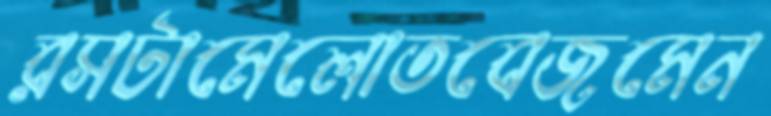
রসটামেলোতবেজমেন